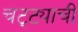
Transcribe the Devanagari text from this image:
चट्ट्याची